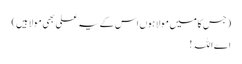
(جس کا میں مولا ہوں اس کے یہ علی بھی مولا ہیں)
اے اللہ!